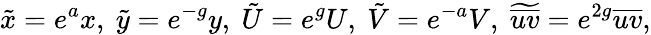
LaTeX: \tilde{x}=e^{a}x,\ \tilde{y}=e^{-g}y,\ \tilde{U}=e^{g}U,\ \tilde{V}=e^{-a}V,\ \widetilde{\overline{{uv}}}=e^{2g}\overline{{uv}},